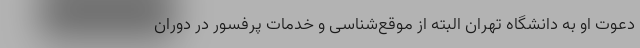
دعوت او به دانشگاه تهران البته از موقع‌شناسی و خدمات پرفسور در دوران